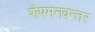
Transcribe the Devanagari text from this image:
शेषमनवन्तर